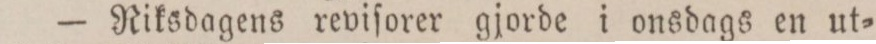
— Riksdagens reviſorer gjorde i onsdags en ut=